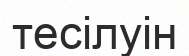
тесілуін